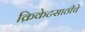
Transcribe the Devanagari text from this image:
क्रिकेटसाठीचे